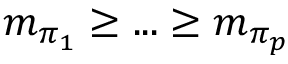
m _ { \pi _ { 1 } } \geq . . . \geq m _ { \pi _ { p } }